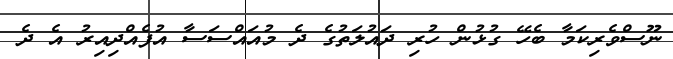
ނޫސްވެރިކަމާ ބެހޭ ގުޅުން ހުރި ދައުލަތުގެ ދެ މުއައްސަސާ އުފެއްދިއިރު އެ ދެ